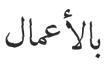
بالأعمال